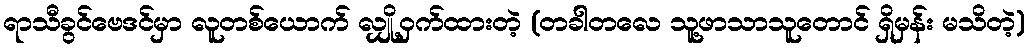
ရာသီခွင်ဗေဒင်မှာ လူတစ်ယောက် လျှို့ဝှက်ထားတဲ့ (တခါတလေ သူ့ဖာသာသူတောင် ရှိမှန်း မသိတဲ့)